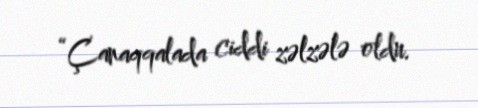
“Çanaqqalada ciddi zəlzələ oldu.